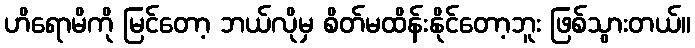
ဟိရောမိကို မြင်တော့ ဘယ်လိုမှ စိတ်မထိန်းနိုင်တော့ဘူး ဖြစ်သွားတယ်။